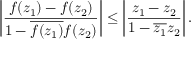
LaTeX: \left| { \frac { f ( z _ { 1 } ) - f ( z _ { 2 } ) } { 1 - { \overline { { f ( z _ { 1 } ) } } } f ( z _ { 2 } ) } } \right| \leq \left| { \frac { z _ { 1 } - z _ { 2 } } { 1 - { \overline { { z _ { 1 } } } } z _ { 2 } } } \right| .